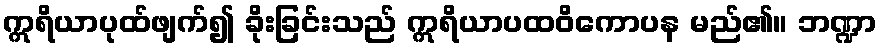
ဣရိယာပုထ်ဖျက်၍ ခိုးခြင်းသည် ဣရိယာပထဝိကောပန မည်၏။ ဘဏ္ဍာ